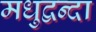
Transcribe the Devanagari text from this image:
मधुद्वन्दा